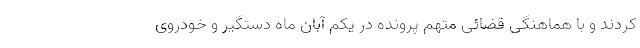
کردند و با هماهنگی قضائی متهم پرونده در یکم آبان ماه دستگیر و خودروی